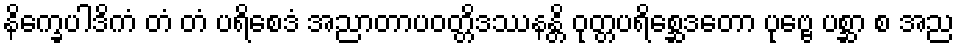
နိက္ခေပါဒိကံ တံ တံ ပရိစေဒံ အညာတာပဝတ္တိဒဿနန္တိ ဝုတ္တပရိစ္ဆေဒတော ပုဗ္ဗေ ပစ္ဆာ စ အည